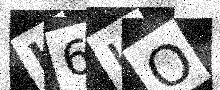
Text: H6JO